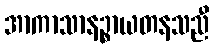
အာကာသာနဉ္စာယတနသညီ